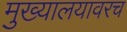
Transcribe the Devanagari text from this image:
मुख्यालयावरच